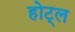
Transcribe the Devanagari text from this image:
होट्ल